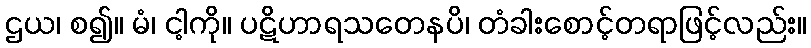
ဌယ၊ စ၍။ မံ၊ ငါ့ကို။ ပဋိဟာရသတေနပိ၊ တံခါးစောင့်တရာဖြင့်လည်း။